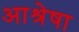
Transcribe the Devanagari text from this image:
आश्रेषा